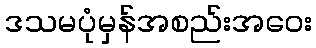
ဒသမပုံမှန်အစည်းအဝေး